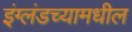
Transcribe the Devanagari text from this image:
इंग्लंडच्यामधील